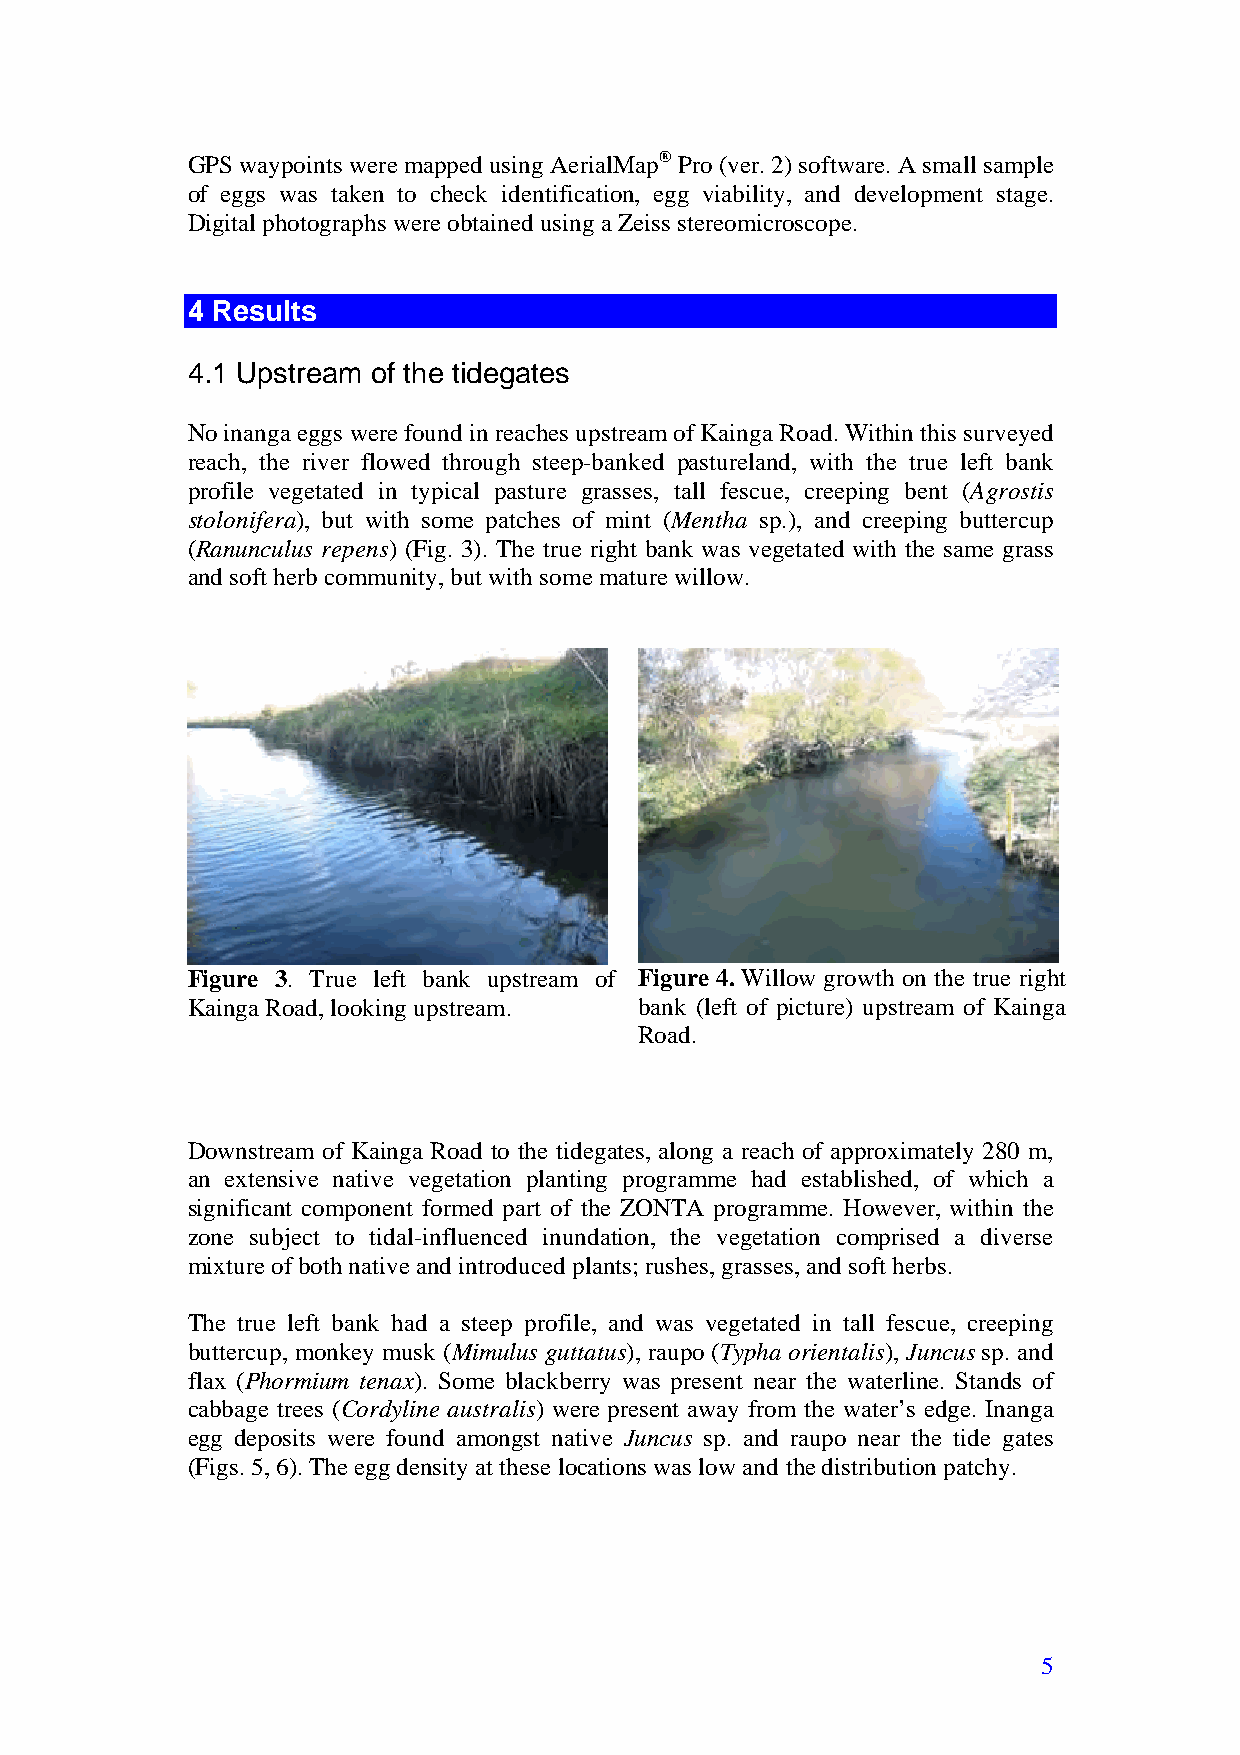
GPS waypoints were mapped using AerialMap® Pro (ver. 2) software. A small sample
 of eggs was taken to check identification, egg viability, and development stage.
 Digital photographs were obtained using a Zeiss stereomicroscope.
 4 Results
 4.1 Upstream of the tidegates
 No inanga eggs were found in reaches upstream of Kainga Road. Within this surveyed
 reach, the river flowed through steep-banked pastureland, with the true left bank
 profile vegetated in typical pasture grasses, tall fescue, creeping bent (Agrostis
 stolonifera), but with some patches of mint (Mentha sp.), and creeping buttercup
 (Ranunculus repens) (Fig. 3). The true right bank was vegetated with the same grass
 and soft herb community, but with some mature willow.
 Figure 3. True left bank upstream of Figure 4. Willow growth on the true right
 Kainga Road, looking upstream. bank (left of picture) upstream of Kainga
 Road.
 Downstream of Kainga Road to the tidegates, along a reach of approximately 280 m,
 an extensive native vegetation planting programme had established, of which a
 significant component formed part of the ZONTA programme. However, within the
 zone subject to tidal-influenced inundation, the vegetation comprised a diverse
 mixture of both native and introduced plants; rushes, grasses, and soft herbs.
 The true left bank had a steep profile, and was vegetated in tall fescue, creeping
 buttercup, monkey musk (Mimulus guttatus), raupo (Typha orientalis), Juncus sp. and
 flax (Phormium tenax). Some blackberry was present near the waterline. Stands of
 cabbage trees (Cordyline australis) were present away from the water’s edge. Inanga
 egg deposits were found amongst native Juncus sp. and raupo near the tide gates
 (Figs. 5, 6). The egg density at these locations was low and the distribution patchy.
 5